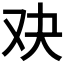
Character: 𮰓